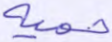
حمية